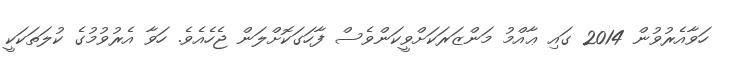
ހަވާއެރުވުން 2014 ގައި ޢާއްމު މަންޒަރަކަށްވީކަންވެސް ފާހަގަކޮށްލަން ޖެހެއެވެ. ހަވާ އެރުވުމުގެ ކުލަތަކަކީ